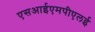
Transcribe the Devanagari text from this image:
एसआईएमपीएलई